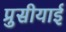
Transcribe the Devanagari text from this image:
प्रुसीयाई